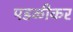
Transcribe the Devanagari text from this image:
पडळीकर